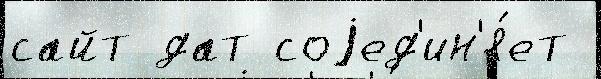
сайт дат соjед'ин'я́ет